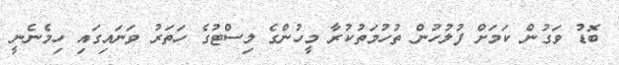
ބޮޑު ވަގުން ކަމަށް ފުލުހުން ތުހުމަތުކުރާ މީހުންގެ ލިސްޓުގެ ހަތަރު ވަނައިގައި ހިމެނެނީ